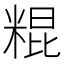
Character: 䊐